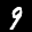
Label: 9